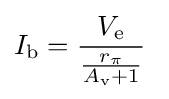
I_{\text{b}}={\frac {V_{\text{e}}}{\frac {r_{\pi }}{A_{\text{v}}+1}}}\